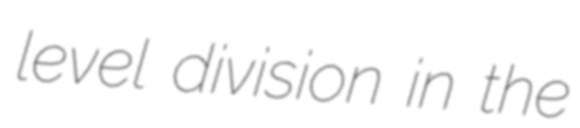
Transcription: level division in the